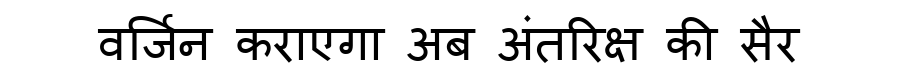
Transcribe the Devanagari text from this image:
वर्जिन कराएगा अब अंतरिक्ष की सैर